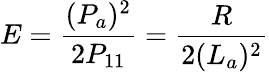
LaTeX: E=\frac{(P_{a})^{2}}{2P_{11}}=\frac{R}{2(L_{a})^{2}}